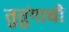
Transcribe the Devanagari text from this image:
तुतुंगाची